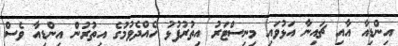
އިންޑިއާ އާއި ޗައިނާ އަޅުވައި މިނިސްޓަރު އިތުރުފުޅު ހެއްދެވުމުގެ އިތުރުން އިންޑިއާ ވެސް